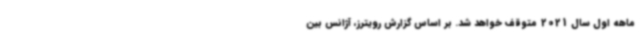
ماهه اول سال 2021 متوقف خواهد شد. بر اساس گزارش رویترز، آژانس بین